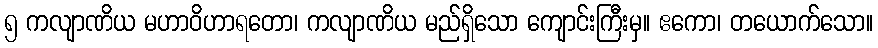
၅ ကလျာဏိယ မဟာဝိဟာရတော၊ ကလျာဏိယ မည်ရှိသော ကျောင်းကြီးမှ။ ဧကော၊ တယောက်သော။